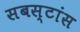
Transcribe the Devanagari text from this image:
सबस्टांस